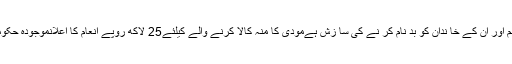
Related Articlesاوباش نوجوانوں کا بیوہ کے گھر میں گھس کر جوان بچیوں پر تشدد‘ کپڑے پھاڑ دئیےپا نا مہ لیگ وزیر اعظم اور ان کے خا ندان کو بد نام کر نے کی سا زش ہےمودی کا منہ کالا کرنے والے کیلئے25 لاکھ روپے انعام کا اعلانموجودہ حکومت عوام پر بے پناہ ظلم کررہی ہے حکمرانوں کی سانس آخری لمحات پر چل رہی ہے